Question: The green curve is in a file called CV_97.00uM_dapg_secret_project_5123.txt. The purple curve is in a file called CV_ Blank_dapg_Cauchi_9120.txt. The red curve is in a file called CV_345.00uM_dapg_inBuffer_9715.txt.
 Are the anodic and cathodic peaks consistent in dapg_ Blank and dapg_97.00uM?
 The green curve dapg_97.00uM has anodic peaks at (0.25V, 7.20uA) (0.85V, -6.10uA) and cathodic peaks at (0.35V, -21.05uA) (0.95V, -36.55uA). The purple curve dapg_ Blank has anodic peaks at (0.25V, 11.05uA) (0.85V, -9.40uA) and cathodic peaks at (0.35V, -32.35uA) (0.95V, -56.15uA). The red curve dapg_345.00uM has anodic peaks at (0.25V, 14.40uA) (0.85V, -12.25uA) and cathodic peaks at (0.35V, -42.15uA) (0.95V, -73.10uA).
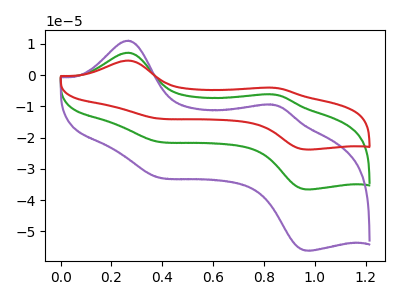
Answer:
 <answer>Yes, "dapg_ Blank" have a peak in "dapg_97.00uM" at the same potential.</answer>
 <eval>match</eval>